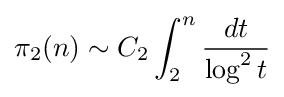
\pi _{2}(n)\sim C_{2}\int _{2}^{n}{\frac {dt}{\log ^{2}t}}